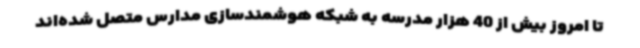
تا امروز بیش از 40 هزار مدرسه به شبکه هوشمندسازی مدارس متصل شده‌اند